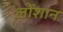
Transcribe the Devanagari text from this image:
लोंशान